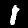
Digit: 1